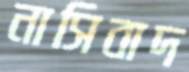
নাসিবাদ